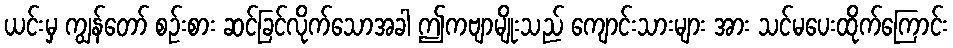
ယင်းမှ ကျွန်တော် စဉ်းစား ဆင်ခြင်လိုက်သောအခါ ဤကဗျာမျိုးသည် ကျောင်းသားများ အား သင်မပေးထိုက်ကြောင်း